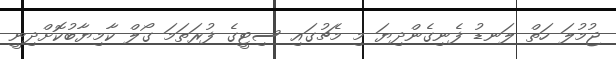
ޖުމުލަ ހަތް ލަނޑު ފެނިގެންދިޔަ މި މެޗުގައި ސިޓީގެ ފުރަތަމަ ގޯލް ކާމިޔާބުކޮށްދިނީ